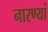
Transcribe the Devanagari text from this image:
नारण्यां